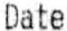
DATE